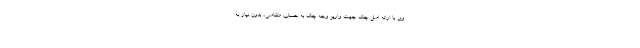
وی با ارائه اصل چک جهت واریز وجه چک به حساب متقاضی، بدون نیاز به